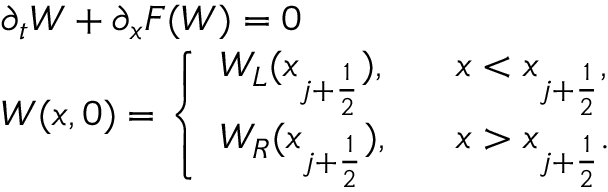
\begin{array} { l l } { \partial _ { t } W + \partial _ { x } F ( W ) = 0 } \\ { W ( x , 0 ) = \left\{ \begin{array} { l l } { W _ { L } ( x _ { j + \frac { 1 } { 2 } } ) , } & { \; \; \; x < x _ { j + \frac { 1 } { 2 } } , } \\ { W _ { R } ( x _ { j + \frac { 1 } { 2 } } ) , } & { \; \; \; x > x _ { j + \frac { 1 } { 2 } } . } \end{array} \right. } \end{array}